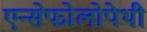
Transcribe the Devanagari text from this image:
एन्सेफोलोपेथी